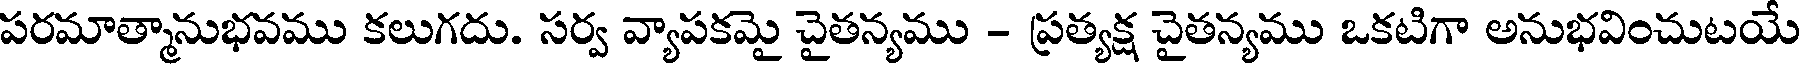
పరమాత్మానుభవము కలుగదు. సర్వ వ్యాపకమై చైతన్యము - ప్రత్యక్ష చైతన్యము ఒకటిగా అనుభవించుటయే